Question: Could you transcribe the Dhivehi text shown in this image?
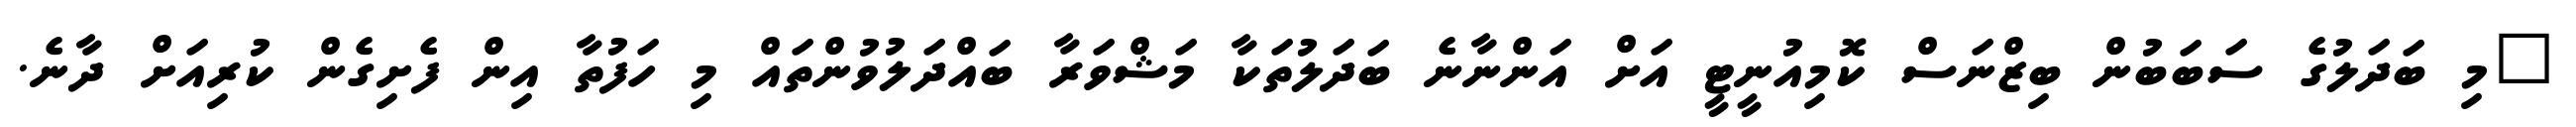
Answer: "މި ބަދަލުގެ ސަބަބުން ބިޒްނަސް ކޮމިއުނީޓީ އަށް އަންނާނެ ބަދަލުތަކާ މަޝްވަރާ ބައްދަލުވުންތައް މި ހަފުތާ އިން ފެށިގެން ކުރިއަށް ދާނެ.